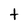
Character: t